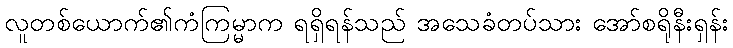
လူတစ်ယောက်၏ကံကြမ္မာက ရရှိရန်သည် အသေခံတပ်သား အော်စရိုနီးရှန်း